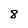
Character: 8